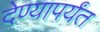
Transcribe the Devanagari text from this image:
देण्यापर्यंत